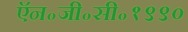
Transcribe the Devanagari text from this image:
ऍन॰जी॰सी॰१९९०